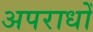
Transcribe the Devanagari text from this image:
अपराधोँ